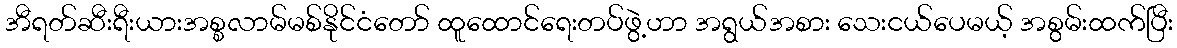
အီရတ်ဆီးရီးယားအစ္စလာမ်မစ်နိုင်ငံတော် ထူထောင်ရေးတပ်ဖွဲ့ဟာ အရွယ်အစား သေးငယ်ပေမယ့် အစွမ်းထက်ပြီး